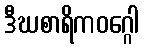
ဒီဃစာရိကဝဂ္ဂေါ